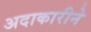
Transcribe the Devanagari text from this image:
अदाकारीने